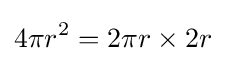
4\pi r^{2}=2\pi r\times 2r